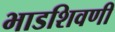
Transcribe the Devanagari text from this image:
भाडशिवणी